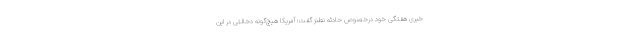
خبری هفتگی خود درخصوص حادثه نطنز گفت: آمریکا هیچ‌گونه دخالتی در این